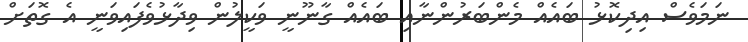
ނަމަވެސް އިދިކޮޅު ބައެއް މެންބަރުންނާއި ބައެއް ގާނޫނީ ވަކީލުން ވިދާޅުވެފައިވަނީ އެ ގޮތަށް